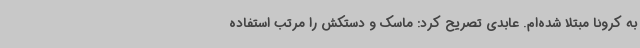
به کرونا مبتلا شده‌ام. عابدی تصریح کرد: ماسک و دستکش را مرتب استفاده